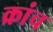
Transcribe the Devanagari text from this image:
क्रांच